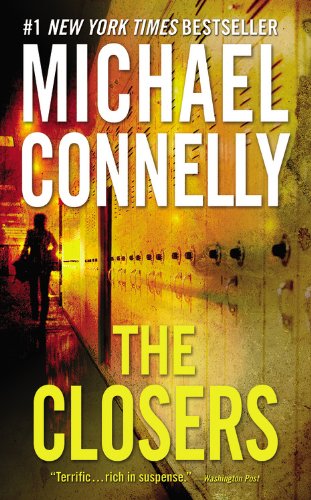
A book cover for The Closers (Harry Bosch); Michael Connelly; Mystery, Thriller & Suspense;